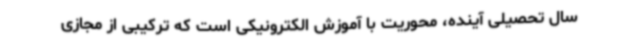
سال تحصیلی آینده، محوریت با آموزش الکترونیکی است که ترکیبی از مجازی